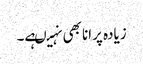
زیادہ پرانا بھی نہیںہے۔